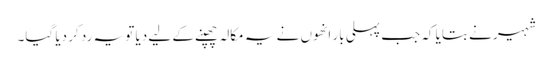
شہیر نے بتایا کہ جب پہلی بار انھوں نے یہ مکالہ چھپنے کے لیے دیا تو یہ رد کر دیا گیا۔